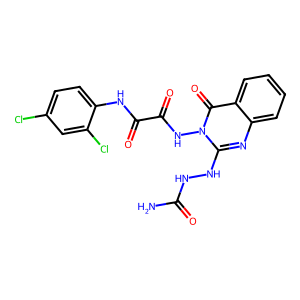
SMILES: NC(=O)NNc1nc2ccccc2c(=O)n1NC(=O)C(=O)Nc1ccc(Cl)cc1Cl
Inhibits HIV replication: No